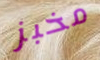
مخبز